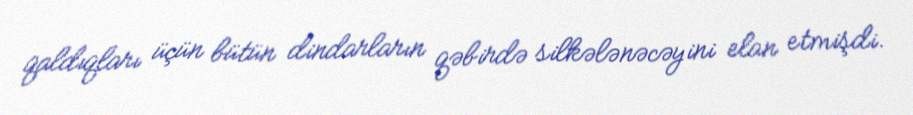
qaldıqları üçün bütün dindarların qəbirdə silkələnəcəyini elan etmişdi.